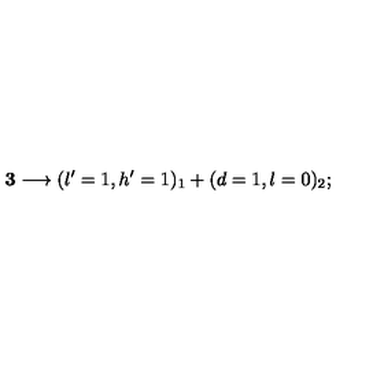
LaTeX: { \bf 3 } \longrightarrow ( l ^ { \prime } = 1 , h ^ { \prime } = 1 ) _ { 1 } + ( d = 1 , l = 0 ) _ { 2 } ;